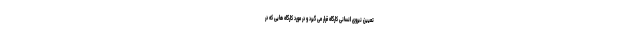
تعیین نیروی انسانی کارگاه قرار می گیرد و در مورد کارگاه هایی که در